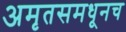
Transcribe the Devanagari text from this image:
अमृतसमधूनच